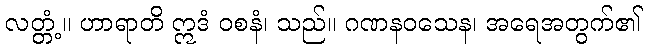
လတ္တံ့။ ဟာရာတိ ဣဒံ ဝစနံ၊ သည်။ ဂဏနဝသေန၊ အရေအတွက်၏